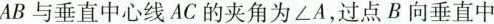
AB与垂直中心线AC的夹角为\angle A,过点B向垂直中